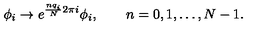
\phi _ { i } \to e ^ { \frac { n q _ { i } } { N } 2 \pi i } \phi _ { i } , \qquad n = 0 , 1 , \ldots , N - 1 .